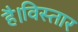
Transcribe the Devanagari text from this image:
है।विस्तार